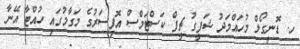
ހ. ޑޮނީގޯލް މުހައްމަދު ޝަފީގު ޗީފް ކަސްޓަމްސް އޮފިސަރުގެ މަގާމުގައި ހުއްޓާ އޭނާ